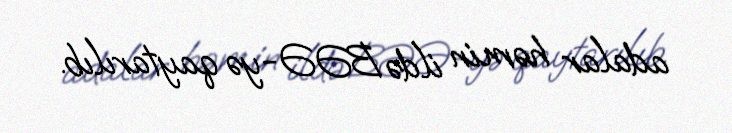
adalar həmin ildə BƏƏ-yə qaytarılıb.